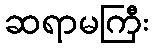
ဆရာမကြီး